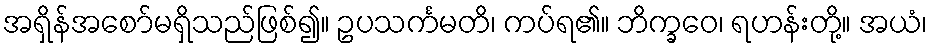
အရှိန်အစော်မရှိသည်ဖြစ်၍။ ဥပသင်္ကမတိ၊ ကပ်ရ၏။ ဘိက္ခဝေ၊ ရဟန်းတို့။ အယံ၊